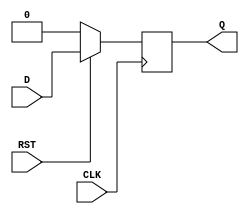
`timescale 1ns / 1ps
//////////////////////////////////////////////////////////////////////////////////
// Company: 
// Engineer: 
// 
// Design Name: 
// Module Name: D_FLIPFLOP
// Project Name: 
// Target Devices: 
// Tool Versions: 
// Description: 
// 
// Dependencies: 
// 
// Revision:
// Revision 0.01 - File Created
// Additional Comments:
// 
//////////////////////////////////////////////////////////////////////////////////


module D_FLIPFLOP(Q,D,CLK,RST);
input CLK;
input RST;
input D;
output reg Q;
always@(posedge CLK)
begin
if (!RST)
  Q<=0;
else
   Q<=D;
end
endmodule